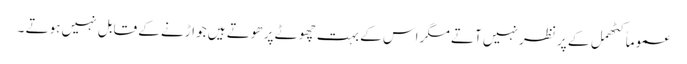
عموماً کٹھمل کے پر نظر نہیں آتے مگر اس کے بہت چھوٹے پر ھوتے ہیں جو اڑنے کے قابل نہیں ہوتے ۔